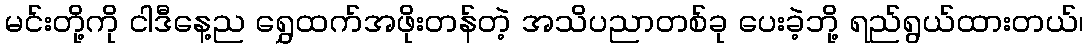
မင်းတို့ကို ငါဒီနေ့ည ရွှေထက်အဖိုးတန်တဲ့ အသိပညာတစ်ခု ပေးခဲ့ဘို့ ရည်ရွယ်ထားတယ်၊